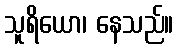
သူရိယော၊ နေသည်။